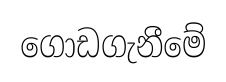
ගොඩගැනීමේ